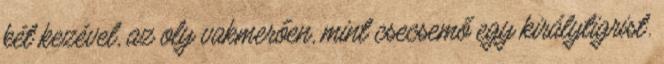
két kezével, az oly vakmerően, mint csecsemő egy királytigrist.